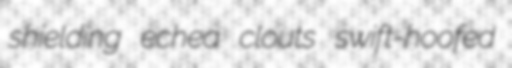
shielding echea clouts swift-hoofed